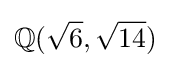
\mathbb {Q} ({\sqrt {6}},{\sqrt {14}})